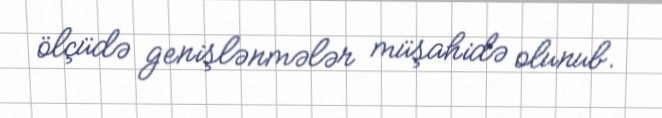
ölçüdə genişlənmələr müşahidə olunub.